Investigations into the jail dietaries of the United Provinces with some observations on the influence of dietary on the physical development and well-being of the people of the United Provinces - Number 48
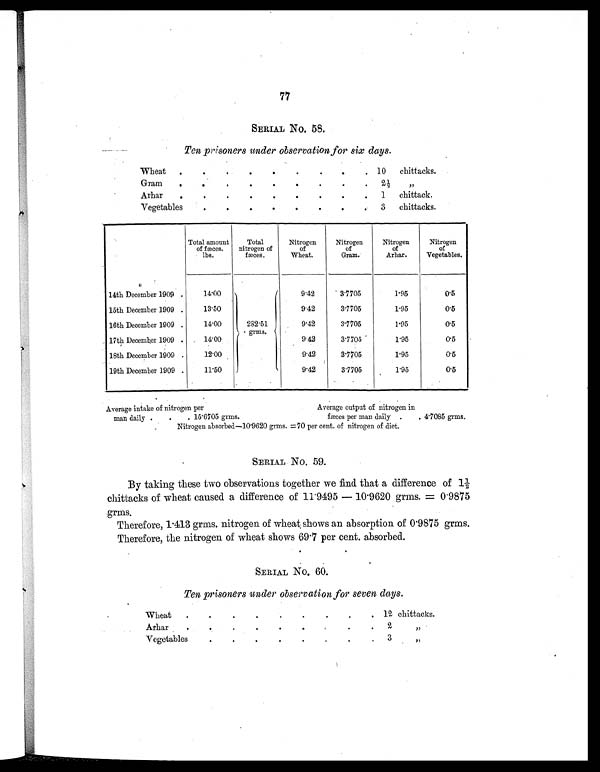
77
SERIAL No. 58.
Ten prisoners under observation for six days.
Wheat
.
.
. .
.
.
. .
. 10
chittacks.
Gram
.
.
.
.
.
.
.
.
.
2 ½
„
Arhar
.
.
.
.
.
.
.
.
.
1
chittack.
Vegetables
.
.
.
.
.
.
.
. 3
chittacks.
Total amount
of fæces.
lbs.
Total
nitrogen of
fæces.
Nitrogen
of
Wheat.
Nitrogen
of
Gram.
Nitrogen
of
Arhar.
Nitrogen
of
Vegetables.
282.51
grms.
14th December 1909 .
14.00
9.42
3.7705
1.95
0.5
15th December 1909 .
13.50
9.42
3.7705
1.95
0.5
16th December 1909 .
14.00
9.42
3.7705
1.95
0.5
17th December 1909 .
14.00
9.42
3.7705
1.95
0.5
18th December 1909 .
12.00
9.42
3.7705
1.95
0.5
19th December 1909 .
11.50
9.42
3.7705
1.95
0.5
Average intake of nitrogen per
Average output of nitrogen in
man daily .
.
. 15.6705 grms.
fæces per man daily .
. 4.7085 grms.
Nitrogen absorbed—10.9620 grms. =70 per cent. of nitrogen of diet.
SERIAL No. 59.
By taking these two observations together we find that a difference of 1½
chittacks of wheat caused a difference of 11.9495 — 10.9620 grms. = 0.9875
grms.
Therefore, 1.413 grms. nitrogen of wheat shows an absorption of 0.9875 grms.
Therefore, the nitrogen of wheat shows 69.7 per cent. absorbed.
SERIAL No. 60.
Ten prisoners under observation for seven days.
Wheat
.
.
.
.
.
.
.
.
. 12 chittacks.
Arhar
.
.
.
.
.
.
. .
.
2
„
Vegetables
.
.
.
.
.
. .
.
3
„